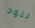
بنود